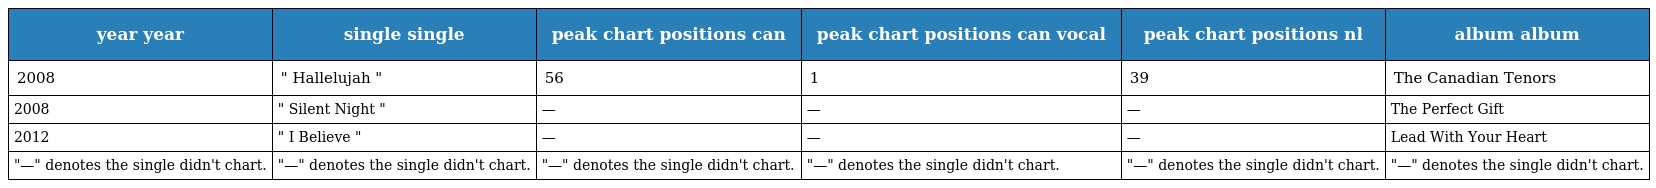
| year year | single single | peak chart positions can | peak chart positions can vocal | peak chart positions nl | album album |
 | --- | --- | --- | --- | --- | --- |
 | 2008 | " Hallelujah " | 56 | 1 | 39 | The Canadian Tenors |
 | 2008 | " Silent Night " | — | — | — | The Perfect Gift |
 | 2012 | " I Believe " | — | — | — | Lead With Your Heart |
 | "—" denotes the single didn't chart. | "—" denotes the single didn't chart. | "—" denotes the single didn't chart. | "—" denotes the single didn't chart. | "—" denotes the single didn't chart. | "—" denotes the single didn't chart. |